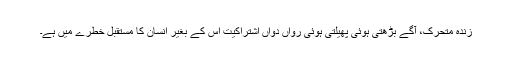
زندہ متحرک، آگے بڑھتی ہوئی پھیلتی ہوئی رواں دواں اشتراکیت اس کے بغیر انسان کا مستقبل خطرے میں ہے۔